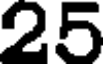
25